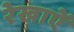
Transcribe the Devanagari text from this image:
रेखाऐं